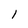
Character: 1